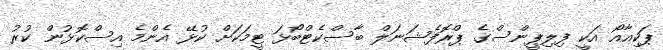
ޕަކިއާއޯ އަކީ ފިލިޕީންސްގެ ޕްރޮފެޝަނަލް ބާސްކެޓްބޯޅަ ޓީމަކަށް ކުޅޭ އެންމެ އިސްކޮޅުން ކުރު